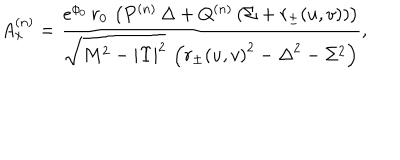
LaTeX: A _ { x } ^ { ( n ) } = { \frac { e ^ { { \phi _ { 0 } } } \, r _ { 0 } \, \left( { P ^ { ( n ) } } \, { \Delta } + { Q ^ { ( n ) } } \, ( \Sigma + r _ { \pm } ( u , v ) ) \right) } { { \sqrt { { M ^ { 2 } } - { | \Upsilon | ^ { 2 } } } } \, \left( { { r _ { \pm } ( u , v ) } ^ { 2 } } - { { { \Delta } } ^ { 2 } } - { \Sigma ^ { 2 } } \right) } } ,